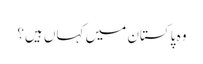
وہ پاکستان میں کہاں ہیں؟